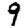
Digit: 9